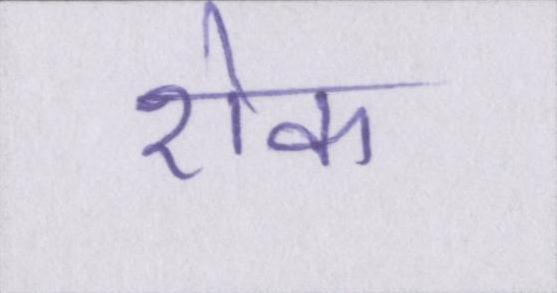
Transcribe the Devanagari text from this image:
रॊक